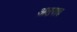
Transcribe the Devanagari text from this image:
अठराव